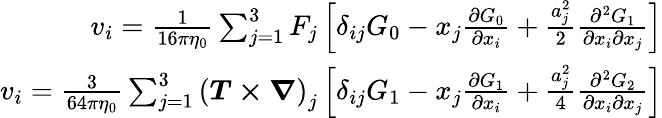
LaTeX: \begin{array}{r}{v_{i}=\frac{1}{16\pi\eta_{0}}\sum_{j=1}^{3}F_{j}\left[\delta_{ij}G_{0}-x_{j}\frac{\partial G_{0}}{\partial x_{i}}+\frac{a_{j}^{2}}{2}\frac{\partial^{2}G_{1}}{\partial x_{i}\partial x_{j}}\right]}\\ {v_{i}=\frac{3}{64\pi\eta_{0}}\sum_{j=1}^{3}\left(\boldsymbol{T\times\nabla}\right)_{j}\left[\delta_{ij}G_{1}-x_{j}\frac{\partial G_{1}}{\partial x_{i}}+\frac{a_{j}^{2}}{4}\frac{\partial^{2}G_{2}}{\partial x_{i}\partial x_{j}}\right]}\end{array}